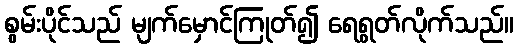
စွမ်းပိုင်သည် မျက်မှောင်ကြုတ်၍ ရေရွတ်လိုက်သည်။